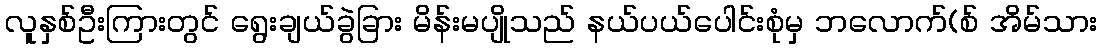
လူနှစ်ဦးကြားတွင် ရွေးချယ်ခွဲခြား မိန်းမပျိုသည် နယ်ပယ်ပေါင်းစုံမှ ဘလောက်(စ် အိမ်သား